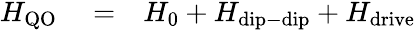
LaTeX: \begin{array}{rlr}{H_{\mathrm{QO}}}&{{}=}&{H_{0}+H_{\mathrm{dip-dip}}+H_{\mathrm{drive}}}\end{array}